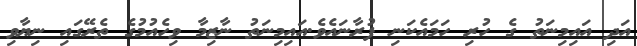
އަދި އައިމިނަތު ގެ ހުރި ހަމައެކަނި ފުރާނައެވެ.އައިމިނަތު ނާޒިމާ ވިހެއުމުގެ ތެރޭގައި ނިޔާވި